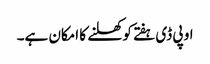
او پی ڈی ہفتے کو کھلنے کا امکان ہے۔